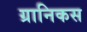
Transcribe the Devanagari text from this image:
ग्रानिकस